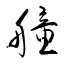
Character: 艟